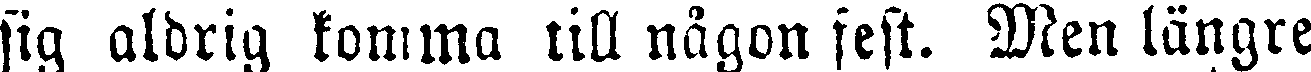
sig aldrig komma till någon fest. Men längre